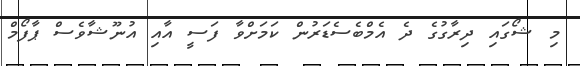
މި ޝޯގައި ދިރާގުގެ ދެ އެމްބެސެޑަރުން ކަމަށްވާ ފަސީ އާއި އުނޫޝާވެސް ޕާފޯމް